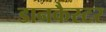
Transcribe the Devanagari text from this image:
डानकैस्टर